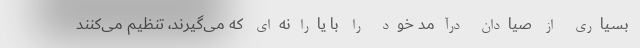
بسیاری از صیادان درآمد خود را با یارانه‌ای که می‌گیرند، تنظیم می‌کنند